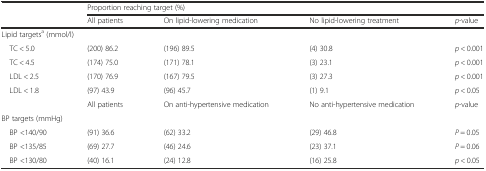
| <ROWSPAN=2>  | <COLSPAN=4> Proportion reaching target (%) |
 | All patients | On lipid-lowering medication | No lipid-lowering treatment | p-value |
 | --- | --- | --- | --- | --- |
 | <COLSPAN=5> Lipid targetsa (mmol/l) |
 | TC < 5.0 | (200) 86.2 | (196) 89.5 | (4) 30.8 | p < 0.001 |
 | TC < 4.5 | (174) 75.0 | (171) 78.1 | (3) 23.1 | p < 0.001 |
 | LDL < 2.5 | (170) 76.9 | (167) 79.5 | (3) 27.3 | p < 0.001 |
 | LDL < 1.8 | (97) 43.9 | (96) 45.7 | (1) 9.1 | p < 0.05 |
 |  | All patients | On anti-hypertensive medication | No anti-hypertensive medication | p-value |
 | <COLSPAN=5> BP targets (mmHg) |
 | BP <140/90 | (91) 36.6 | (62) 33.2 | (29) 46.8 | P = 0.05 |
 | BP <135/85 | (69) 27.7 | (46) 24.6 | (23) 37.1 | P = 0.06 |
 | BP <130/80 | (40) 16.1 | (24) 12.8 | (16) 25.8 | p < 0.05 |